Leaving Certificate Examination (including Day School Certificate (Higher) General paper), 1936
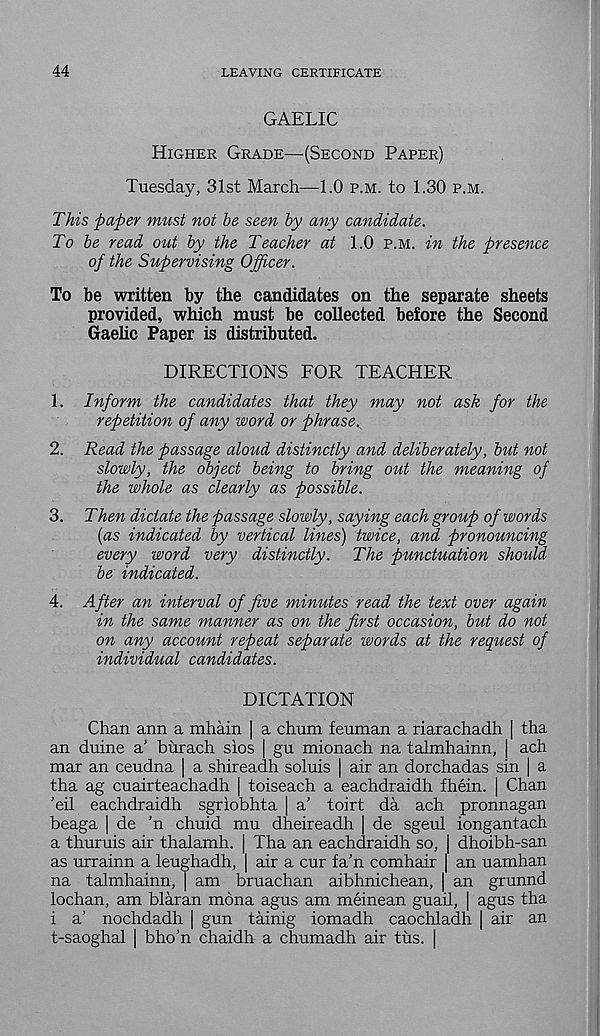
44
LEAVING CERTIFICATE
GAELIC
Higher Grade—(Second Paper)
Tuesday, 31st March—1.0 p.m. to 1.30 p.m.
This paper must not be seen by any candidate.
To be read out by the Teacher at 1.0 p.m. in the presence
of the Supervising Officer.
To be written by the candidates on the separate sheets
provided, which must be collected before the Second
Gaelic Paper is distributed.
DIRECTIONS FOR TEACHER
1. Inform the candidates that they may not ask for the
repetition of any word or phrase^
2. Read the passage aloud distinctly and deliberately, but not
slowly, the object being to bring out the meaning of
the whole as clearly as possible.
3. Then dictate the passage slowly, saying each group of words
(as indicated by vertical lines) twice, and pronouncing
every word very distinctly. The punctuation should
be indicated.
4. After an interval of five minutes read the text over again
in the same manner as on the first occasion, but do not
on any account repeat separate words at the request of
individual candidates.
DICTATION
Chan ann a mhain | a chum feuman a riarachadh | tha
an duine a’ burach sios | gu mionach na talmhainn, | ach
mar an ceudna | a shireadh soluis | air an dorchadas sin | a
tha ag cuairteachadh | toiseach a eachdraidh fhein. | Chan
’eil eachdraidh sgriobhta | a’ toirt da ach pronnagan
beaga | de ’n chuid mu dheireadh | de sgeul iongantach
a thuruis air thalamh. | Tha an eachdraidh so, | dhoibh-san
as urrainn a leughadh, | air a cur fa’n comhair | an uamhan
na talmhainn, | am bruachan aibhnichean, | an grunnd
lochan, am blaran mona agus am meinean guail, | agus tha
i a’ nochdadh | gun tainig iomadh caochladh | air an
t-saoghal | bho’n chaidh a chumadh air tus. |